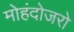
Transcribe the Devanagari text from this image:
मोहंदोजरो